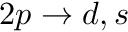
2 p \rightarrow { d , s }